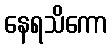
နေရသိကော